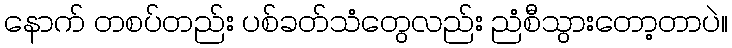
နောက် တစပ်တည်း ပစ်ခတ်သံတွေလည်း ညံစီသွားတော့တာပဲ။